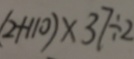
( 2 + 1 1 0 ) \times 3 7 \div 2